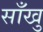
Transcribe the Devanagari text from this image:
साँखु